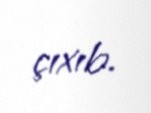
çıxıb.